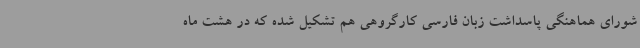
شورای هماهنگی پاسداشت زبان فارسی کارگروهی هم تشکیل شده که در هشت ماه